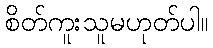
စိတ်ကူးသူမဟုတ်ပါ။